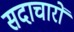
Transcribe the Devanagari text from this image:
सदाचारों